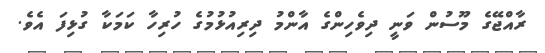
ރާއްޖޭގެ މޫސުން ވަނީ ދިވެހިންގެ އާންމު ދިރިއުޅުމުގެ ހުރިހާ ކަމަކާ ގުޅިފަ އެވެ.